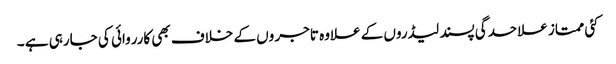
کئی ممتاز علاحدگی پسند لیڈروں کے علاوہ تاجر وں کے خلاف بھی کارروائی کی جارہی ہے ۔